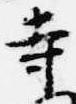
寺